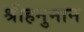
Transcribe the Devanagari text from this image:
श्रीहनुमान